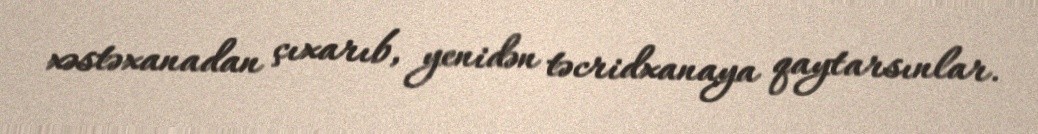
xəstəxanadan çıxarıb, yenidən təcridxanaya qaytarsınlar.